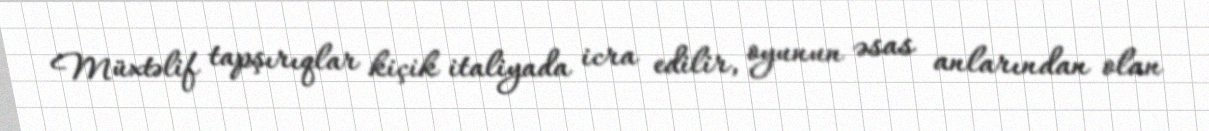
Müxtəlif tapşırıqlar kiçik italiyada icra edilir, oyunun əsas anlarından olan